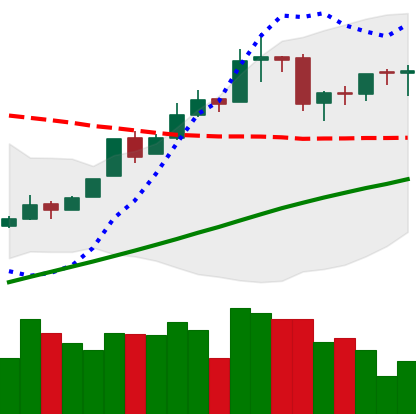
Ticker: BTC-USD
Chart end date: 2016-02-28
Forward return: -5.205%
Label: down_5_7